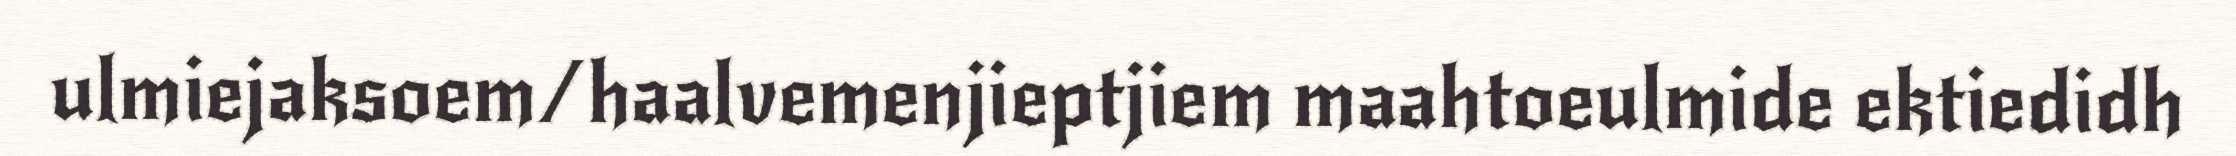
ulmiejaksoem/haalvemenjieptjiem maahtoeulmide ektiedidh